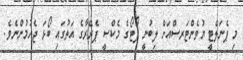
މި ޕެނަލްޓީ ޔުވެންޓަރސްއަށް ލިބުނީ ޕޯޓޯގެ މެކްސީ ޕެރޭރާގެ އަތުގައި ބޯޅަ ޖެހުމުންނެވެ.